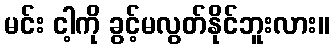
မင်း ငါ့ကို ခွင့်မလွတ်နိုင်ဘူးလား။